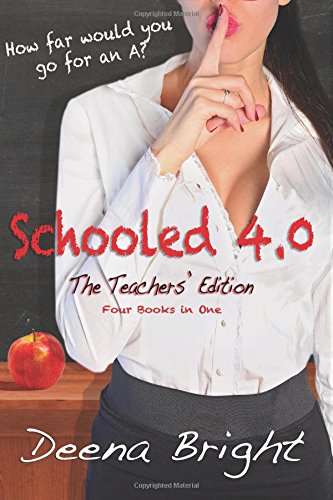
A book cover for Schooled 4.0: The Teachers' Edition (Volume 4); Deena Bright; Romance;